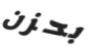
بحزن